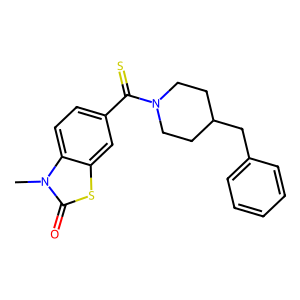
SMILES: Cn1c(=O)sc2cc(C(=S)N3CCC(Cc4ccccc4)CC3)ccc21
Inhibits HIV replication: No